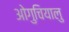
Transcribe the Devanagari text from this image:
ओगुचियालु